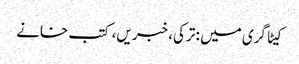
کیٹاگری میں : ترکی، خبریں، کتب خانے